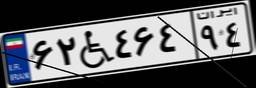
۶۲W۴۶۴۹۴